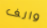
والف